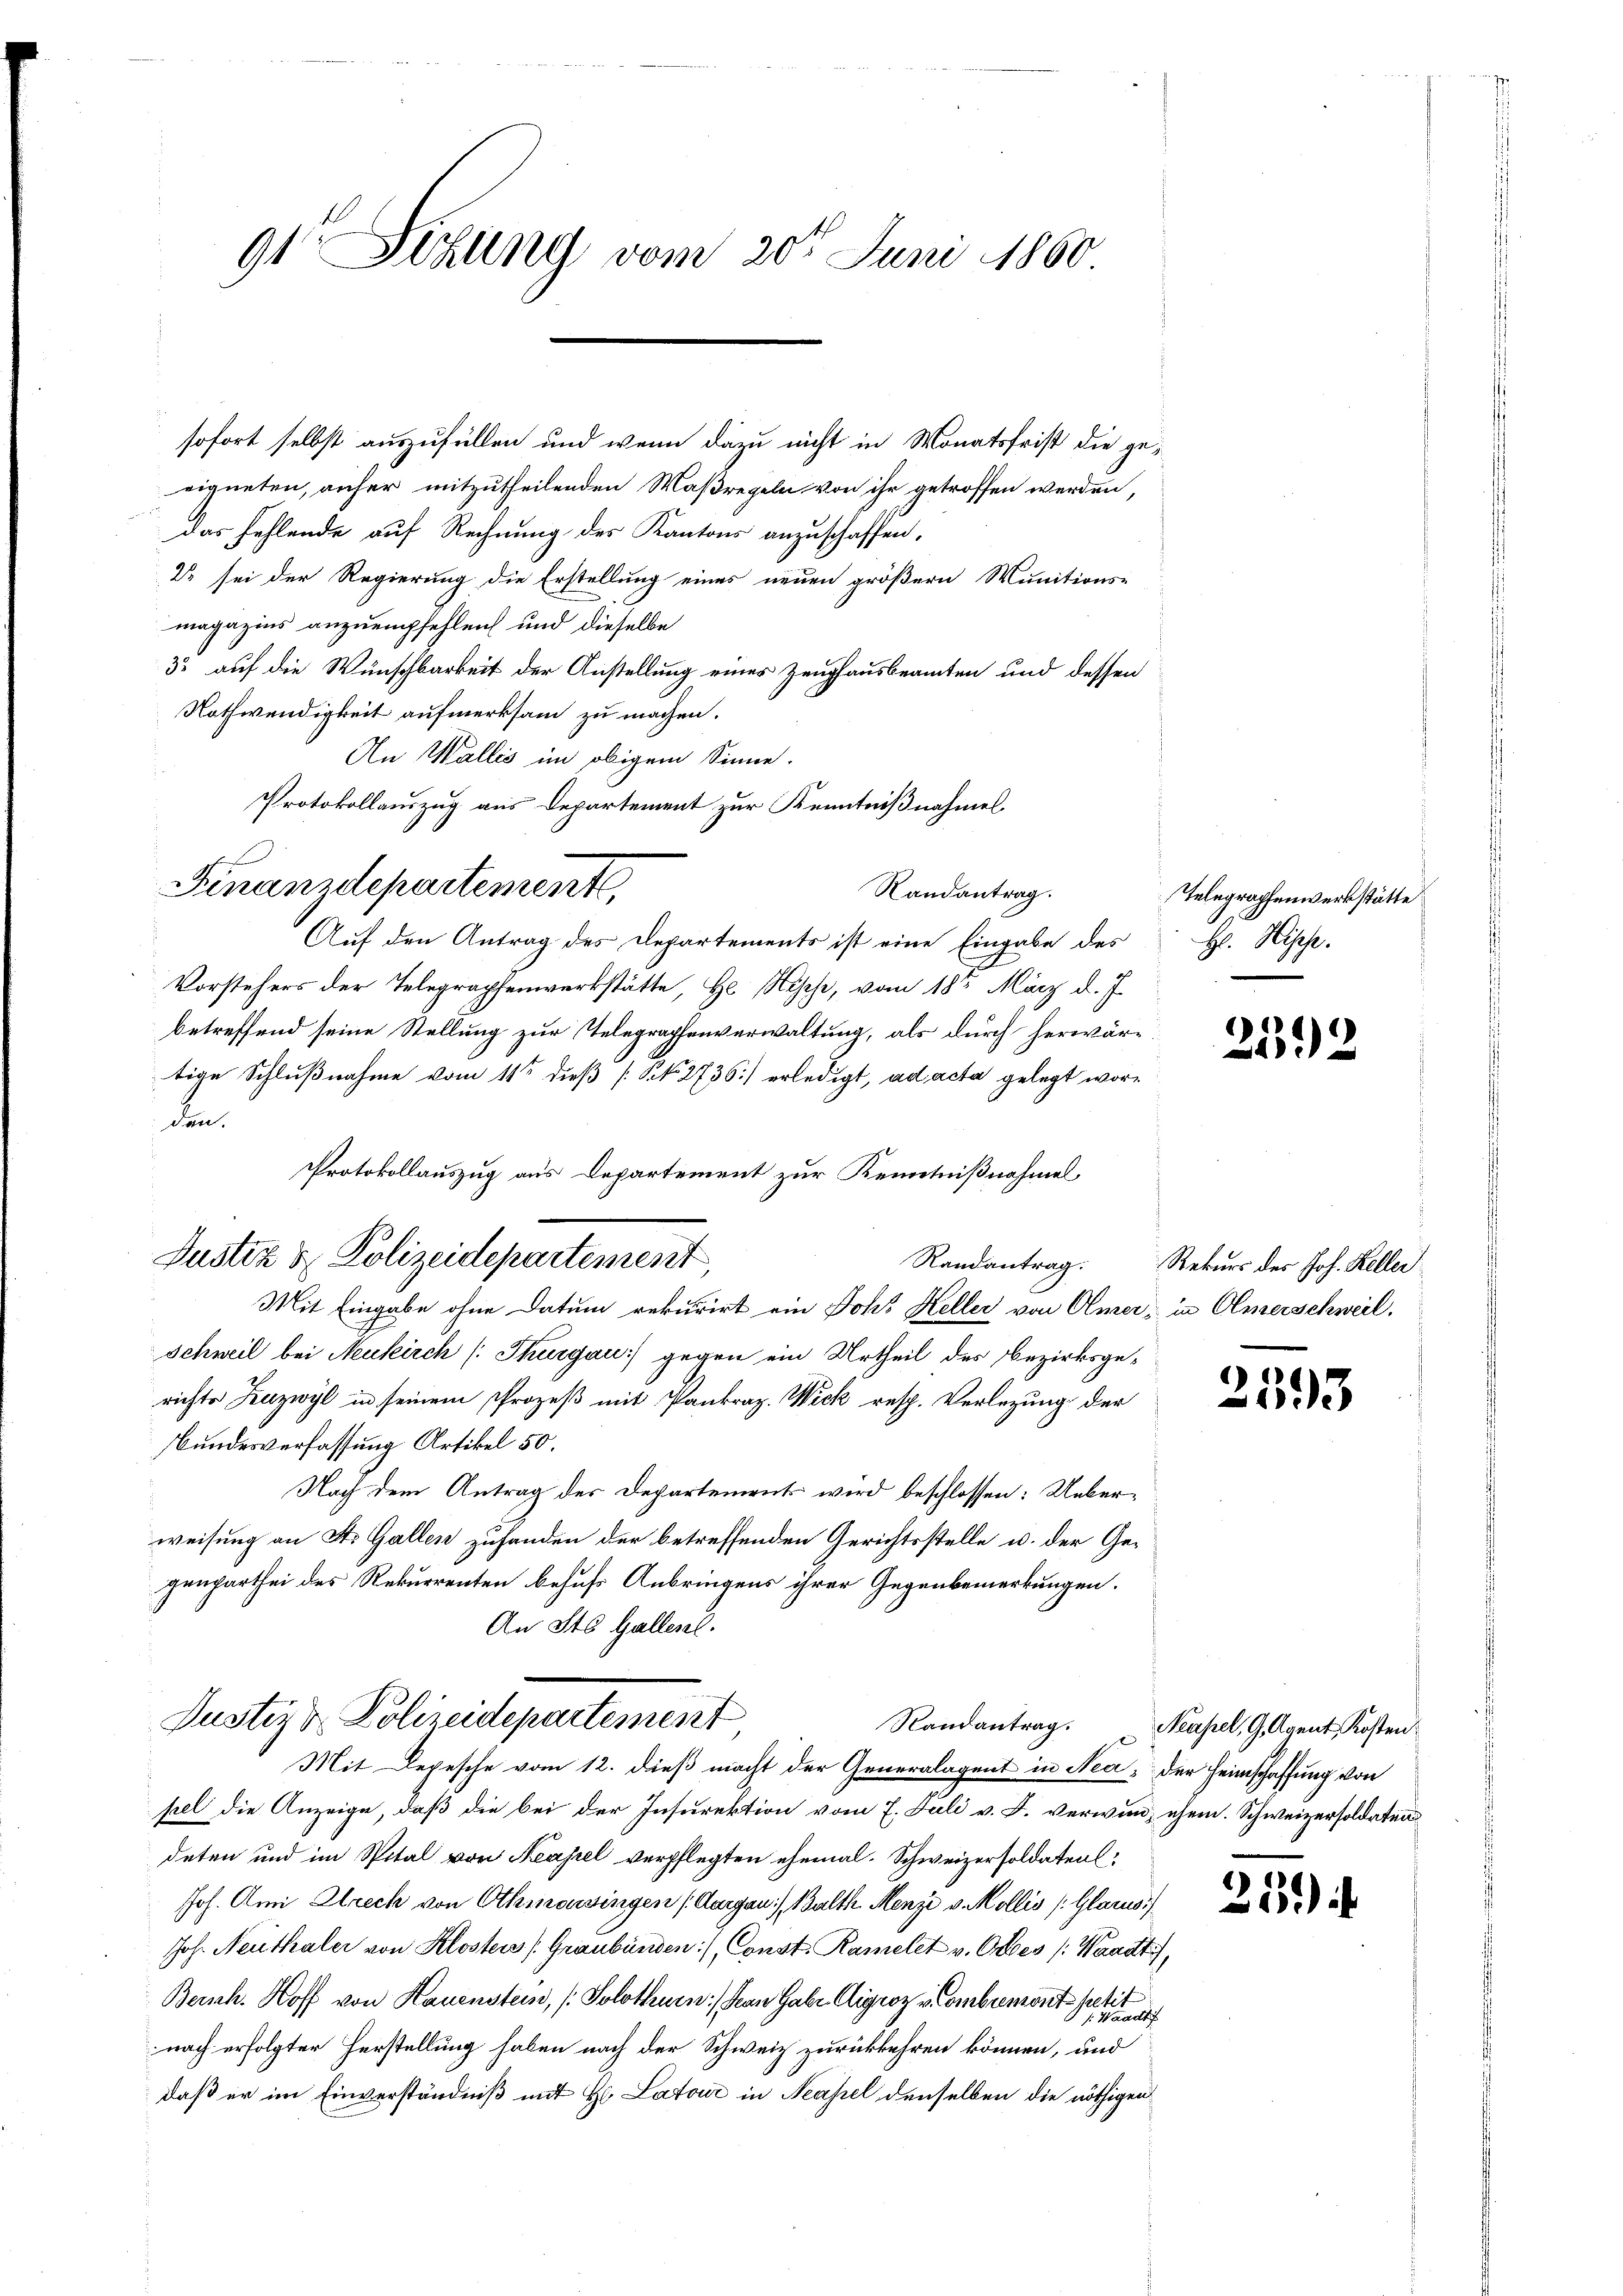
9t Sekung vom 20t Juni 1860

sofort selbst auszufüllen und wenn dazu nicht in Monatsfrist die geeigneten, aufer mitzutheilenden Maßregeln von ihr getroffen werden,
das Fehlende auf Rechnung des Kantons anzuschaffen,
2 sei der Regierung die Erstellung eines neuen größern Wunitions-
magazins anzuempfehlen und dieselbe
32 auf die Wünschbarkeit der Anstellung eines Zeughausbeamten und dessen
Nothwendigkeit aufmerksam zu machen.
An Wallis im obigem Sinne.
Protokollauszug aus Departement zur Kenntnißnahmes
Randantrag.
Auf den Antrag des Departements ist eine Eingabe des
Vorstehers der Telegraphenwerkstätte, He Mische, vom 18t März d. J.
betreffend seine Stellung zur Telegraphenverwaltung, als durch herwäre
tige Schlußnahme vom 11ten dieß [Kk. 2736) erledigt, ad acta gelegt worden.
Protokollauszug aus Departement zur Kenntnißnahmel
Justiz & Polizeidepartement,
Mit Eingabe ohne Datum rekurirt ein Joh. Keller von Olmer, in Olmerschweil.
Schweil bei Neukirch (Thurgau gegen ein Urtheil des Bezirksgerichte Zuzwyl in seinem Prozeß mit Pankrap. Wick resp. Verlegung der
Bundesverfassung Artikel 50.
Nach dem Antrag der Departement wird beschlossen: Ueberweisung an St. Gallen zufanden der betreffenden Gerichtsstelle u. der Gegenparthei des Rekurrenten behufs Anbringens ihrer Gegenbemerkungen.
An St. Gallen.

c

Finanzdepartement,

Justiz & Polizeidepartement

Mit Depesche vom 12. dieß macht der Generalagent in Nea, der Heimschaffung von
pel die Anzeige, daß die bei der Insurektion vom 7. Juli v. J. verwind ehem. Schweizersoldaten
deten und im Spital von Neapel verpflegten ehemal. Schweizersoldatenl
Joh. Ami Alrech von Othmarsingen (Aargau), Walth. Menzi v. Mollis (Glarus)
Joh. Neuthaler von Klosters (Graubünden), Const. Ramelet v. Orbes (Waadt,
Bersch. Hoff von Hauenstein, Solothurn, San Gabe Aligroz vombremont petit
J. Waadt
nach erfolgter Herstellung haben nach der Schweiz zurückkehren können, und
daß er im Einverständniß mit H. Latour in Neapel denselben die nöthigen

Telegraphenwerkstätte
Hs. Hische.

252

Randantrag Rekurs des Joh. Keller

2593

Randantrag. Neapel, G. Agent, Kosten

239)